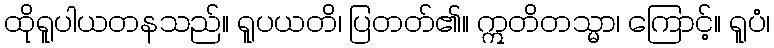
ထိုရူပါယတနသည်။ ရူပယတိ၊ ပြတတ်၏။ ဣတိတသ္မာ၊ ကြောင့်။ ရူပံ၊